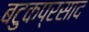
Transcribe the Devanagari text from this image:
बटुकप्रसाद